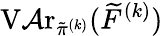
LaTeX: \operatorname{V\mathcal{A}r}_{\tilde{{\pi}}^{(k)}}(\widetilde{{F}}^{(k)})